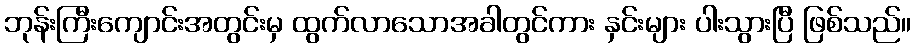
ဘုန်းကြီးကျောင်းအတွင်းမှ ထွက်လာသောအခါတွင်ကား နှင်းများ ပါးသွားပြီ ဖြစ်သည်။